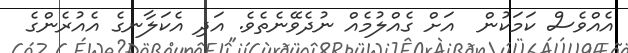
އެއްވެސް ކަމަކުން  އަށް ގެއްލުމެއް ނުދެވޭނެތެވެ. އަދި އެކަލާނގެ އެއުރެންގެ